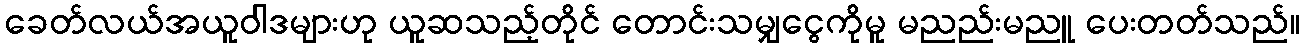
ခေတ်လယ်အယူဝါဒများဟု ယူဆသည့်တိုင် တောင်းသမျှငွေကိုမူ မညည်းမညူ ပေးတတ်သည်။